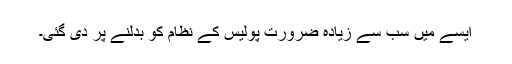
ایسے میں سب سے زیادہ ضرورت پولیس کے نظام کو بدلنے پر دی گئی۔